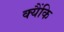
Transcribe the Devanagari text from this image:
क्यैंकि